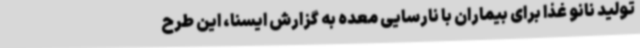
تولید نانو غذا برای بیماران با نارسایی معده به گزارش ایسنا، این طرح